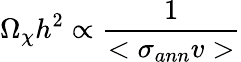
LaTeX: \Omega_{\chi}h^{2}\propto\frac{1}{<\sigma_{ann}v>}